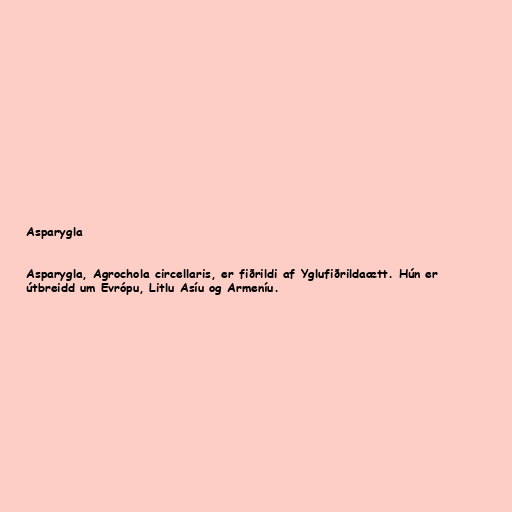
Asparygla

Asparygla, Agrochola circellaris, er fiðrildi af Yglufiðrildaætt. Hún er
útbreidd um Evrópu, Litlu Asíu og Armeníu.